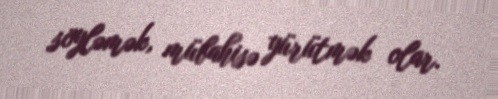
söyləmək, mübahisə yürütmək olar.